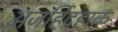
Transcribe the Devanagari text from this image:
अजहिदहाक